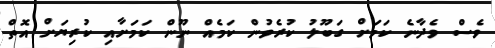
ވެސް ވެދާނެ ކަމަށް ގަބޫލު ކުރެވުން ކަމެއް ނޫން ކަމަށާއި ކުރިޔަށް އޮތް